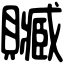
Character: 贓